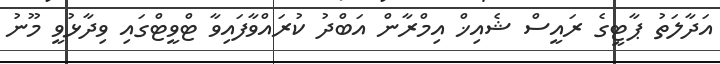
އަދާލަތު ޕާޓީގެ ރައީސް ޝެއިޚް އިމްރާން އަބްދު ކުރައްވާފައިވާ ޓްވީޓްގައި ވިދާޅުވީ މޫނު